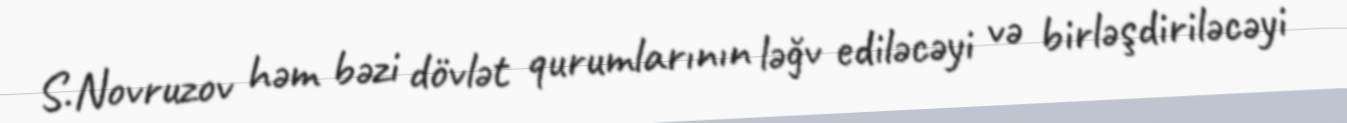
S.Novruzov həm bəzi dövlət qurumlarının ləğv ediləcəyi və birləşdiriləcəyi